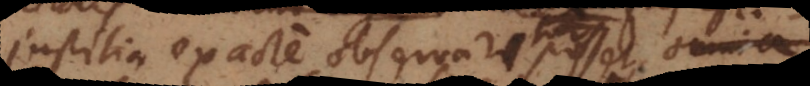
justitia exacte observari posset, omnes